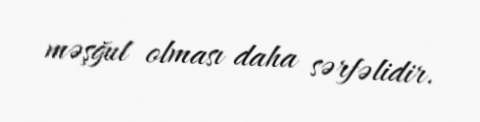
məşğul olması daha sərfəlidir.